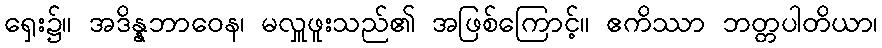
ရှေး၌။ အဒိန္နဘာဝေန၊ မလှူဖူးသည်၏ အဖြစ်ကြောင့်။ ဧကိဿာ ဘတ္တပါတိယာ၊